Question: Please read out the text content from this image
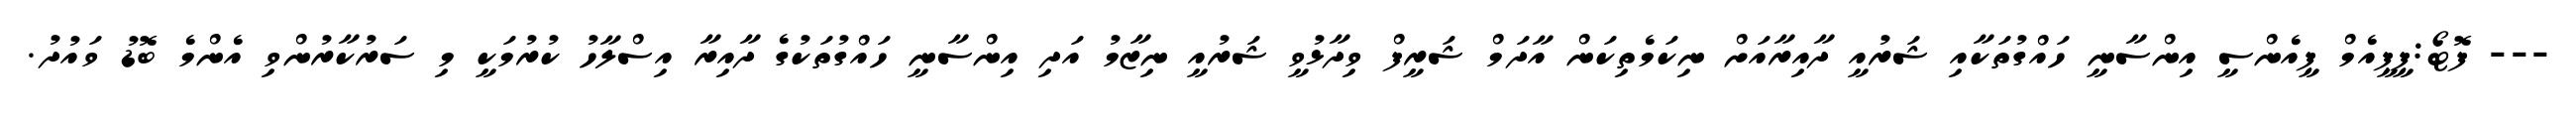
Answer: --- ފޮޓޯ:ޕީޕީއެމް ޕީއެންސީ އިންސާނީ ހައްގުތަކާއި ޝަރުއީ ދާއިރާއަށް ނިކަމެތިކަން އާދަމް ޝަރީފް ވިދާޅުވީ ޝަރުއީ ނިޒާމު އަދި އިންސާނީ ހައްގުތަކުގެ ދާއިރާ އިސްލާހު ކުރުމަކީ މި ސަރުކާރުންވި އެންމެ ބޮޑު ވައުދު.